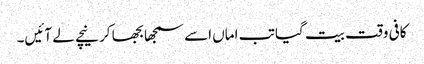
کافی وقت بیت گیا تب اماں اسے سمجھا بجھا کر نیچے لے آئیں۔